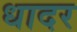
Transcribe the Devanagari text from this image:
धादर